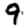
Digit: 9